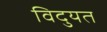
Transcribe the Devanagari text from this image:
विदुयत